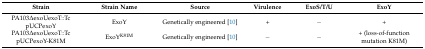
| Strain | Strain Name | Source | Virulence | ExoS/T/U | ExoY |
 | --- | --- | --- | --- | --- | --- |
 | PA103∆exoUexoT::Tc pUCPexoY | ExoY | Genetically engineered [10] | + | − | + |
 | PA103∆exoUexoT::Tc pUCPexoY-K81M | ExoYK81M | Genetically engineered [10] | − | − | + (loss-of-function mutation K81M) |